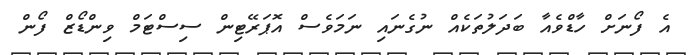
އެ ފޯނަށް ހާޑްވެއާ ބަދަލުތަކެއް ނުގެނައި ނަމަވެސް އޮޕަރޭޓިން ސިސްޓަމް ވިންޑޯޒް ފޯން